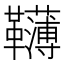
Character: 𩍿